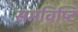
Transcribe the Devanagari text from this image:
समविष्टि